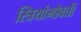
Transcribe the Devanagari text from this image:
स्त्रियांभोवती